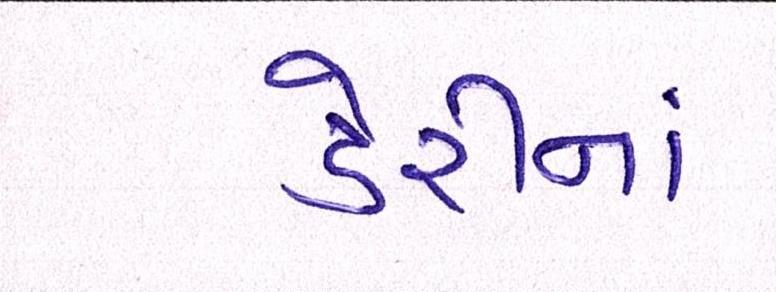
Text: ડેરીનાં